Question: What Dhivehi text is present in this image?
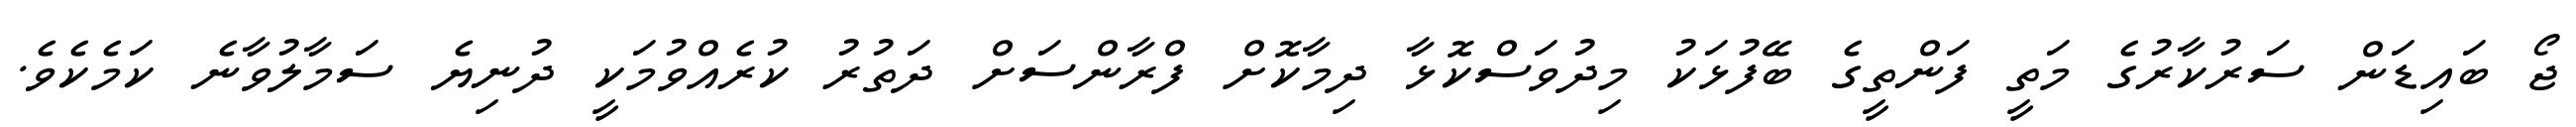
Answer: ޖޯ ބައިޑަން ސަރުކާރުގެ މަތީ ފަންތީގެ ބޭފުޅަކު މިދުވަސްކޮޅާ ދިމާކޮށް ފްރާންސަށް ދަތުރު ކުރެއްވުމަކީ ދުނިޔެ ސަމާލުވާނެ ކަމެކެވެ.